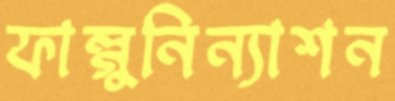
ফাল্গুনিন্যাশন